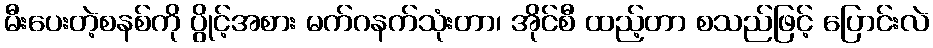
မီးပေးတဲ့စနစ်ကို ပွိုင့်အစား မက်ဂနက်သုံးတာ၊ အိုင်စီ ထည့်တာ စသည်ဖြင့် ပြောင်းလဲ